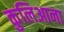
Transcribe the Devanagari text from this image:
कुलिआना